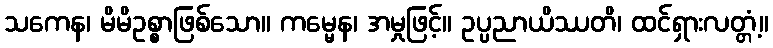
သကေန၊ မိမိဥစ္စာဖြစ်သော။ ကမ္မေန၊ အမှုဖြင့်။ ဥပ္ပညာယိဿတိ၊ ထင်ရှားလတ္တံ့။